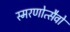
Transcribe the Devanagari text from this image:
स्मरणोत्सैवों